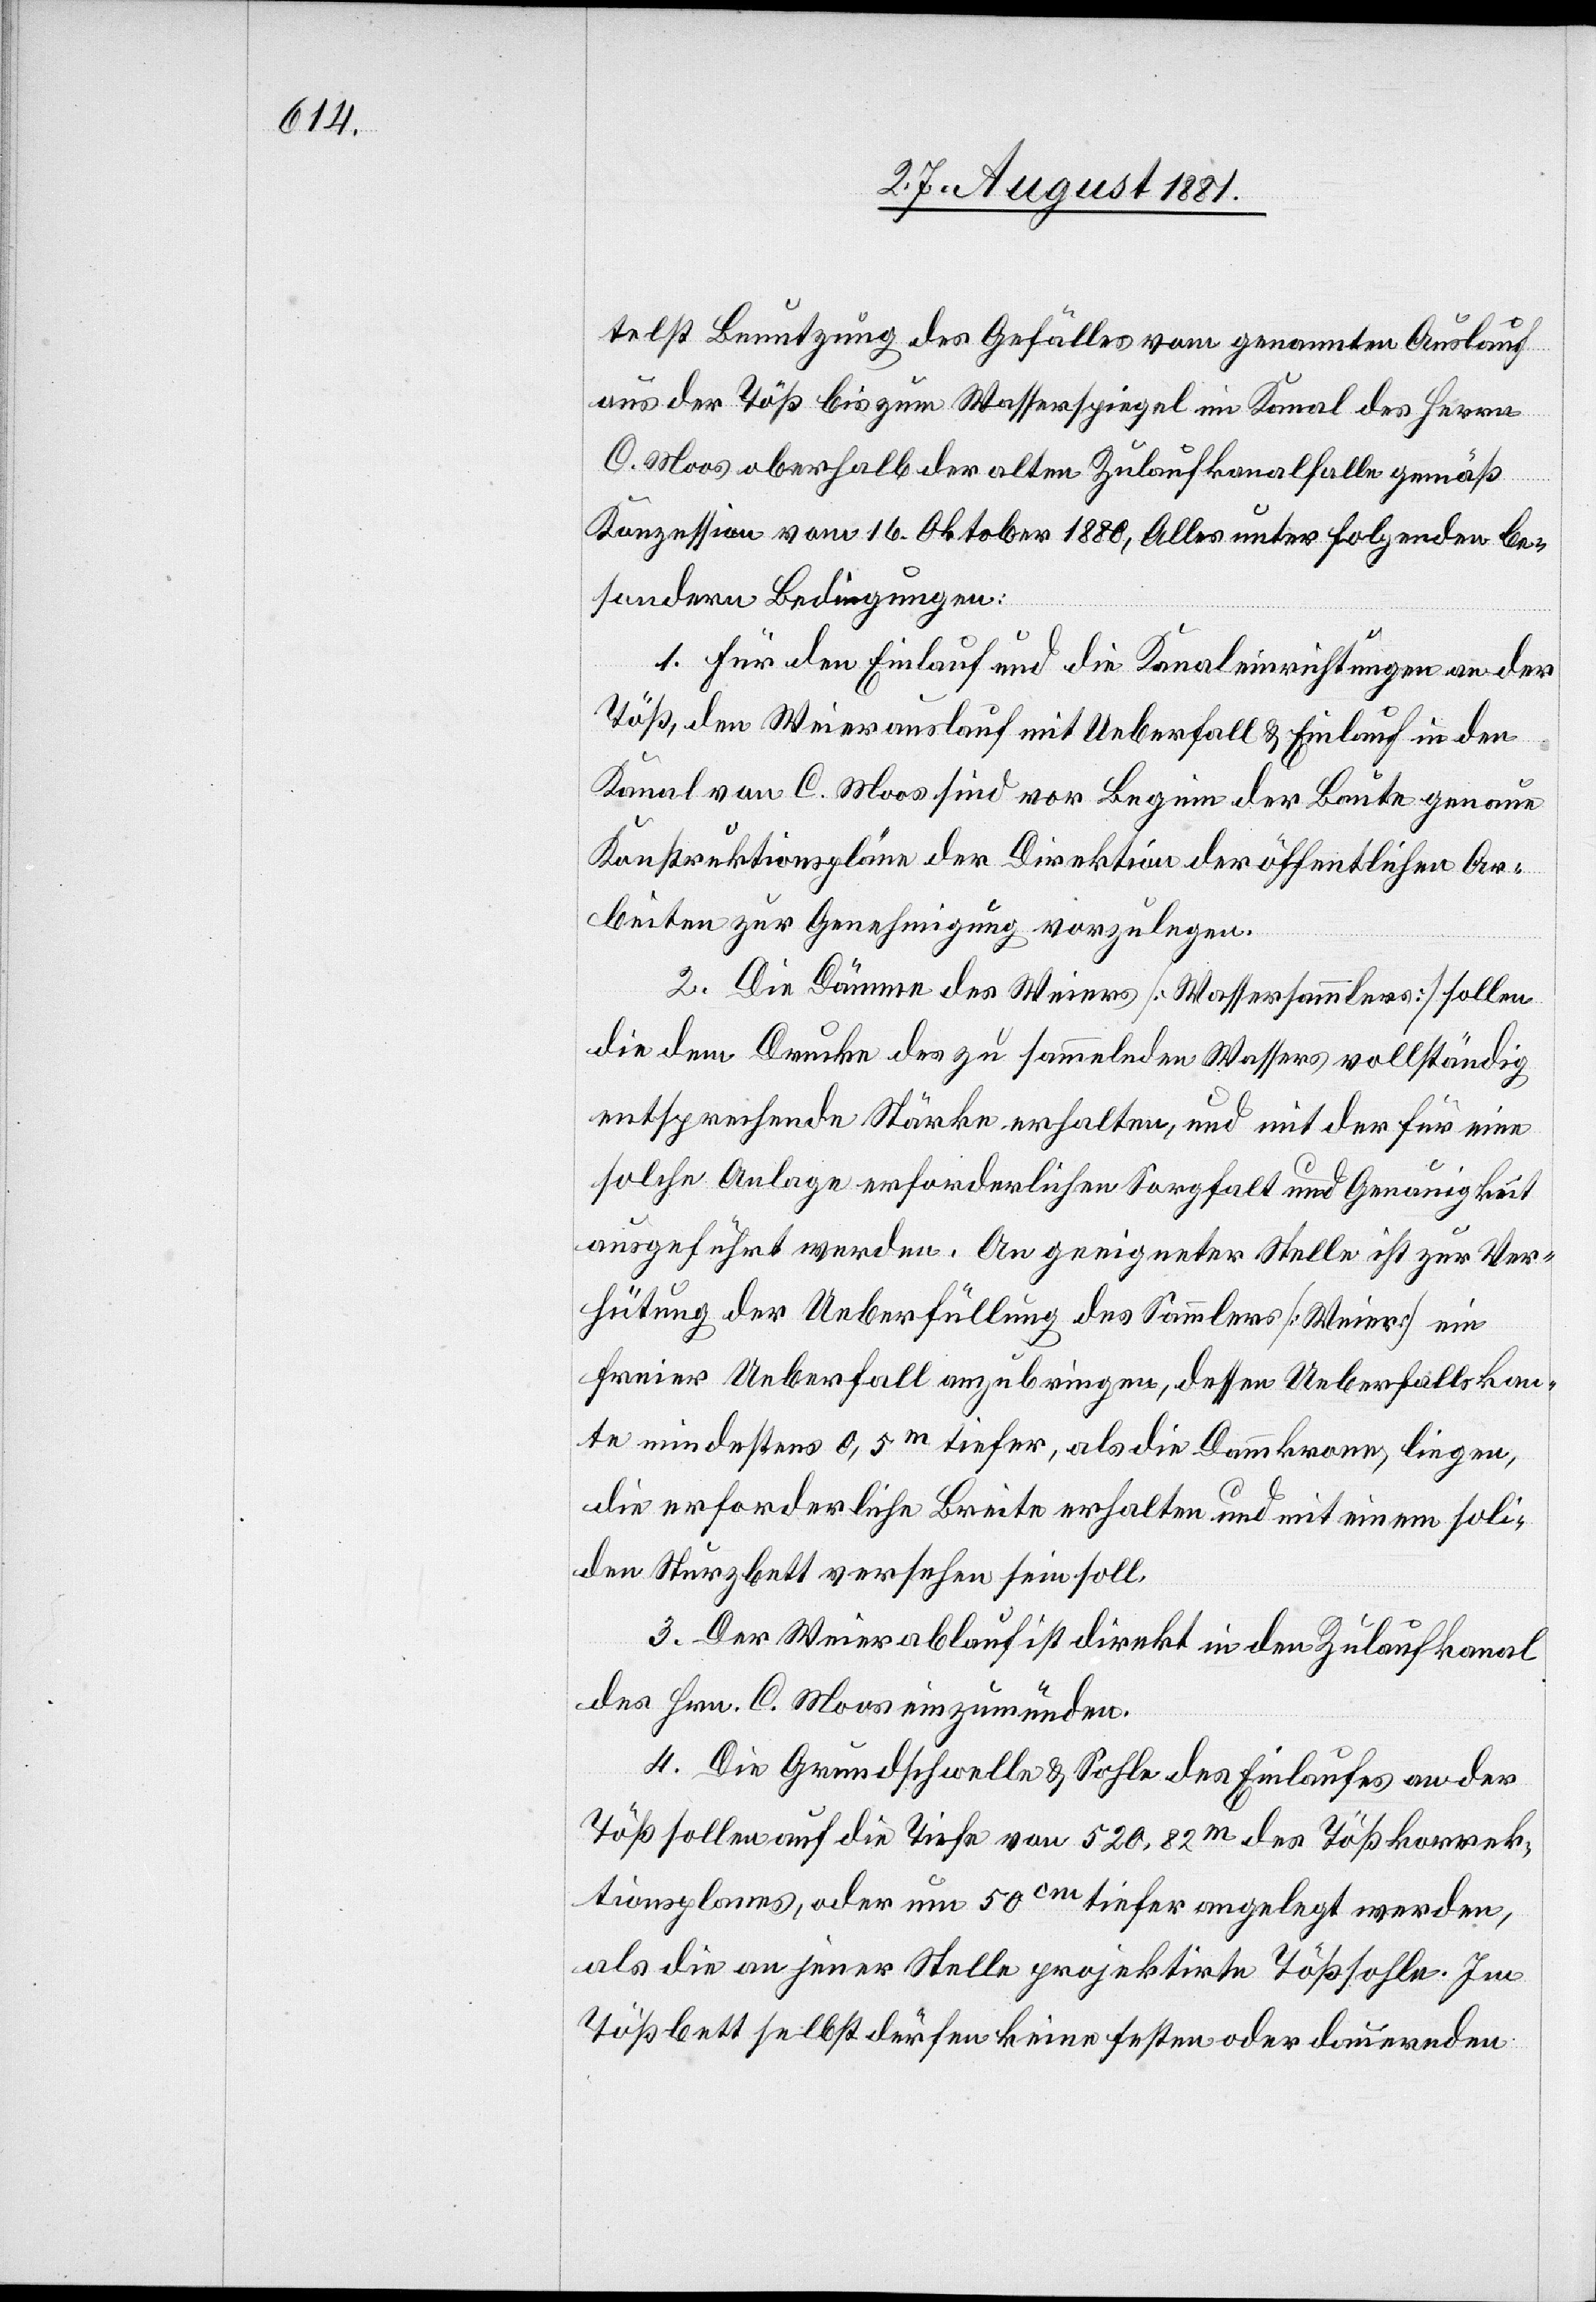
telst Benutzung des Gefälles vom genannten Auslauf
aus der Töß bis zum Wasserspiegel im Kanal des Herrn
C. Moos oberhalb der alten Zulaufkanalfalle gemäß
Konzession vom 16. Oktober 1880, Alles unter folgenden be¬
sondern Bedingungen:
1. Für den Einlauf und die Kanaleinrichtungen an der
Töß, den Weierauslauf mit Ueberfall & Einlauf in den
Kanal von C. Moos sind vor Beginn der Baute genaue
Konstruktionspläne der Direktion der öffentlichen Ar¬
beiten zur Genehmigung vorzulegen.
2. Die Dämme des Weiers [Wassersammlers] sollen
die dem Drucke des zu sammelnden Wassers vollständig
entsprechende Stärke erhalten, und mit der für eine
solche Anlage erforderlichen Sorgfalt und Genauigkeit
ausgesucht werden. An geeigneter Stelle ist zur Ver¬
hütung der Ueberfüllung des Sammlers [Weiers] ein
freier Ueberfall anzubringen, dessen Ueberfallskan¬
te mindestens 0,5m tiefer, als die Dammkrone, liegen,
die erforderliche Breite erhalten und mit einem soli¬
den Sturzbett versehen sein soll.
3. Der Weierablauf ist direkt in den Zulaufkanal
des Hrn. C. Moos einzumünden.
4. Die Grundschwelle & Sohle des Einlaufes an der
Töß sollen auf die Tiefe von 520,82m des Tößkorrek¬
tionsplanes, oder um 50cm tiefer angelegt werden,
als die an jener Stelle projektirte Tößfalle. Im
Tößbett selbst dürfen keine festen oder dauernden